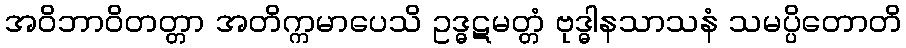
အဝိဘာဝိတတ္တာ အတိက္ကမာပေသိ ဥဒ္ဓဋမတ္တံ ဗုဒ္ဓါနသာသနံ သမပ္ပိတောတိ